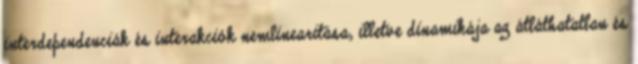
interdependenciák és interakciók nemlinearitása, illetve dinamikája az átláthatatlan és